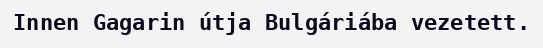
Innen Gagarin útja Bulgáriába vezetett.